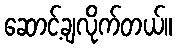
ဆောင့်ချလိုက်တယ်။